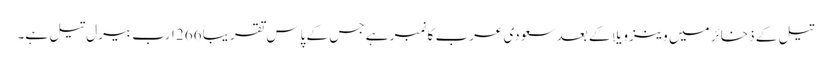
تیل کے ذخائر میں وینزویلا کے بعد سعودی عرب کا نمبر ہے جس کے پاس تقریباً 266 ارب بیرل تیل ہے۔